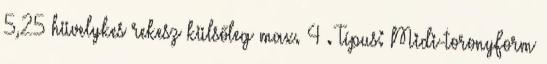
5,25 hüvelykes rekesz külsőleg max. 4 . Típus: Midi-toronyForm